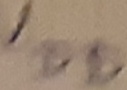
Text: VDD